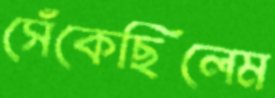
সেঁকেছিলেম